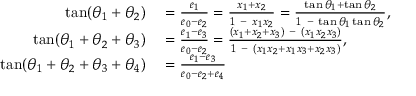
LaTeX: \begin{array} { r l } { \tan ( \theta _ { 1 } + \theta _ { 2 } ) } & { { } = { \frac { e _ { 1 } } { e _ { 0 } - e _ { 2 } } } = { \frac { x _ { 1 } + x _ { 2 } } { 1 \ - \ x _ { 1 } x _ { 2 } } } = { \frac { \tan \theta _ { 1 } + \tan \theta _ { 2 } } { 1 \ - \ \tan \theta _ { 1 } \tan \theta _ { 2 } } } , } \\ { \tan ( \theta _ { 1 } + \theta _ { 2 } + \theta _ { 3 } ) } & { { } = { \frac { e _ { 1 } - e _ { 3 } } { e _ { 0 } - e _ { 2 } } } = { \frac { ( x _ { 1 } + x _ { 2 } + x _ { 3 } ) \ - \ ( x _ { 1 } x _ { 2 } x _ { 3 } ) } { 1 \ - \ ( x _ { 1 } x _ { 2 } + x _ { 1 } x _ { 3 } + x _ { 2 } x _ { 3 } ) } } , } \\ { \tan ( \theta _ { 1 } + \theta _ { 2 } + \theta _ { 3 } + \theta _ { 4 } ) } & { { } = { \frac { e _ { 1 } - e _ { 3 } } { e _ { 0 } - e _ { 2 } + e _ { 4 } } } } \end{array}